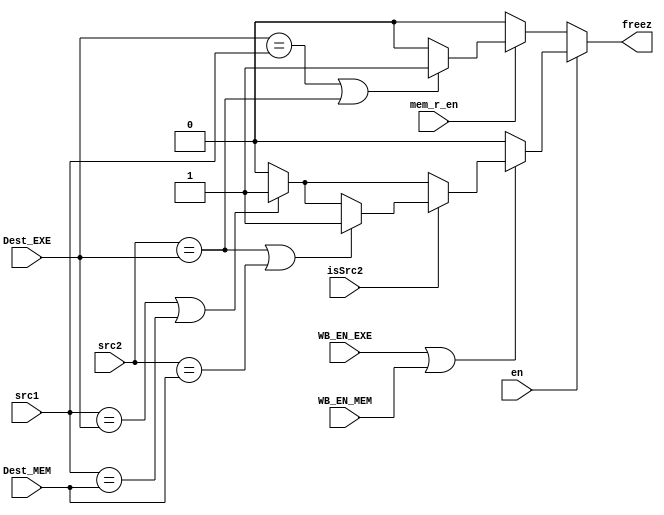
module HazardDetect
    (
        input WB_EN_EXE,WB_EN_MEM,isSrc2,
        input [4:0]src1,src2,Dest_EXE,Dest_MEM,
        input en,
        input mem_r_en,
        output reg freez
    );
    
    always @(*) begin
        freez = 1'b0;
        if(en) begin
            if (WB_EN_EXE == 1'b1 || WB_EN_MEM == 1'b1) begin
                if (src1 == Dest_EXE || src1 == Dest_MEM) begin
                    freez = 1'b1;
                end
                if(isSrc2 == 1) begin
                    if (src2 == Dest_EXE || src2 == Dest_MEM) begin
                        freez = 1'b1;
                    end
                end
            end
            else
                freez = 0;
        end
        else begin
            if(mem_r_en) begin
                if (Dest_EXE == src1 || src2 == Dest_EXE)
                    freez = 1;
            end // if(mem_r_en)
        end // else
    end

endmodule // HazardDetect